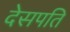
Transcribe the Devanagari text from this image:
देसपति